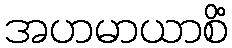
အဟမာယာစိံ